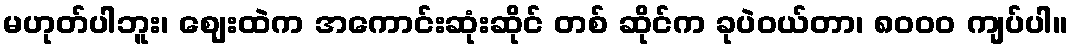
မဟုတ်ပါဘူး၊ ဈေးထဲက အကောင်းဆုံးဆိုင် တစ် ဆိုင်က ခုပဲဝယ်တာ၊ ၈၀၀၀ ကျပ်ပါ။